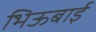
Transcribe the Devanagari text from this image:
भिऊबाई